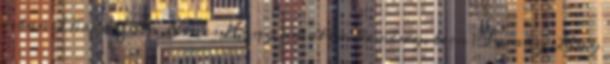
-ban Fürdőszoba Nincs Hang amatőr, kemény, teen Sneaky Lány